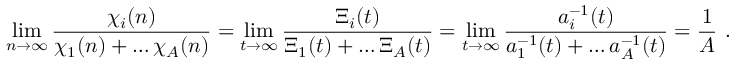
\operatorname* { l i m } _ { n \to \infty } \frac { \chi _ { i } ( n ) } { \chi _ { 1 } ( n ) + \ldots \chi _ { A } ( n ) } = \operatorname* { l i m } _ { t \to \infty } \frac { \Xi _ { i } ( t ) } { \Xi _ { 1 } ( t ) + \ldots \Xi _ { A } ( t ) } = \operatorname* { l i m } _ { t \to \infty } \frac { a _ { i } ^ { - 1 } ( t ) } { a _ { 1 } ^ { - 1 } ( t ) + \ldots a _ { A } ^ { - 1 } ( t ) } = \frac { 1 } { A } \ .